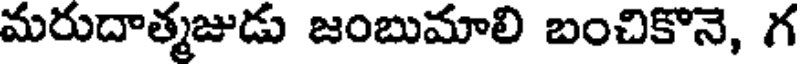
మరుదాత్మజుడు జంబుమాలి బంచికొనె, గ